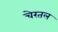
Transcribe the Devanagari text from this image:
चेरतल